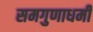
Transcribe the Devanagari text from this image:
समगुणाधर्मी